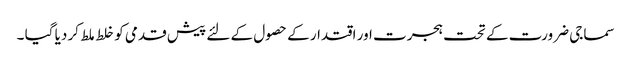
سماجی ضرورت کے تحت ہجرت اور اقتدار کے حصول کے لئے پیش قدمی کو خلط ملط کر دیا گیا ۔